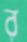
র